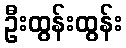
ဦးထွန်းထွန်း